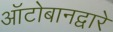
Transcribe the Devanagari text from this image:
ऑटोबानद्वारे